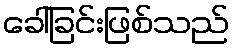
ခေါ်ခြင်းဖြစ်သည်